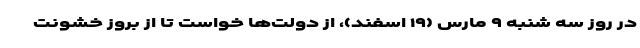
در روز سه شنبه ۹ مارس (۱۹ اسفند)، از دولت‌ها خواست تا از بروز خشونت